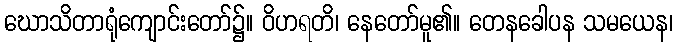
ဃောသိတာရုံကျောင်းတော်၌။ ဝိဟရတိ၊ နေတော်မူ၏။ တေနခေါပန သမယေန၊